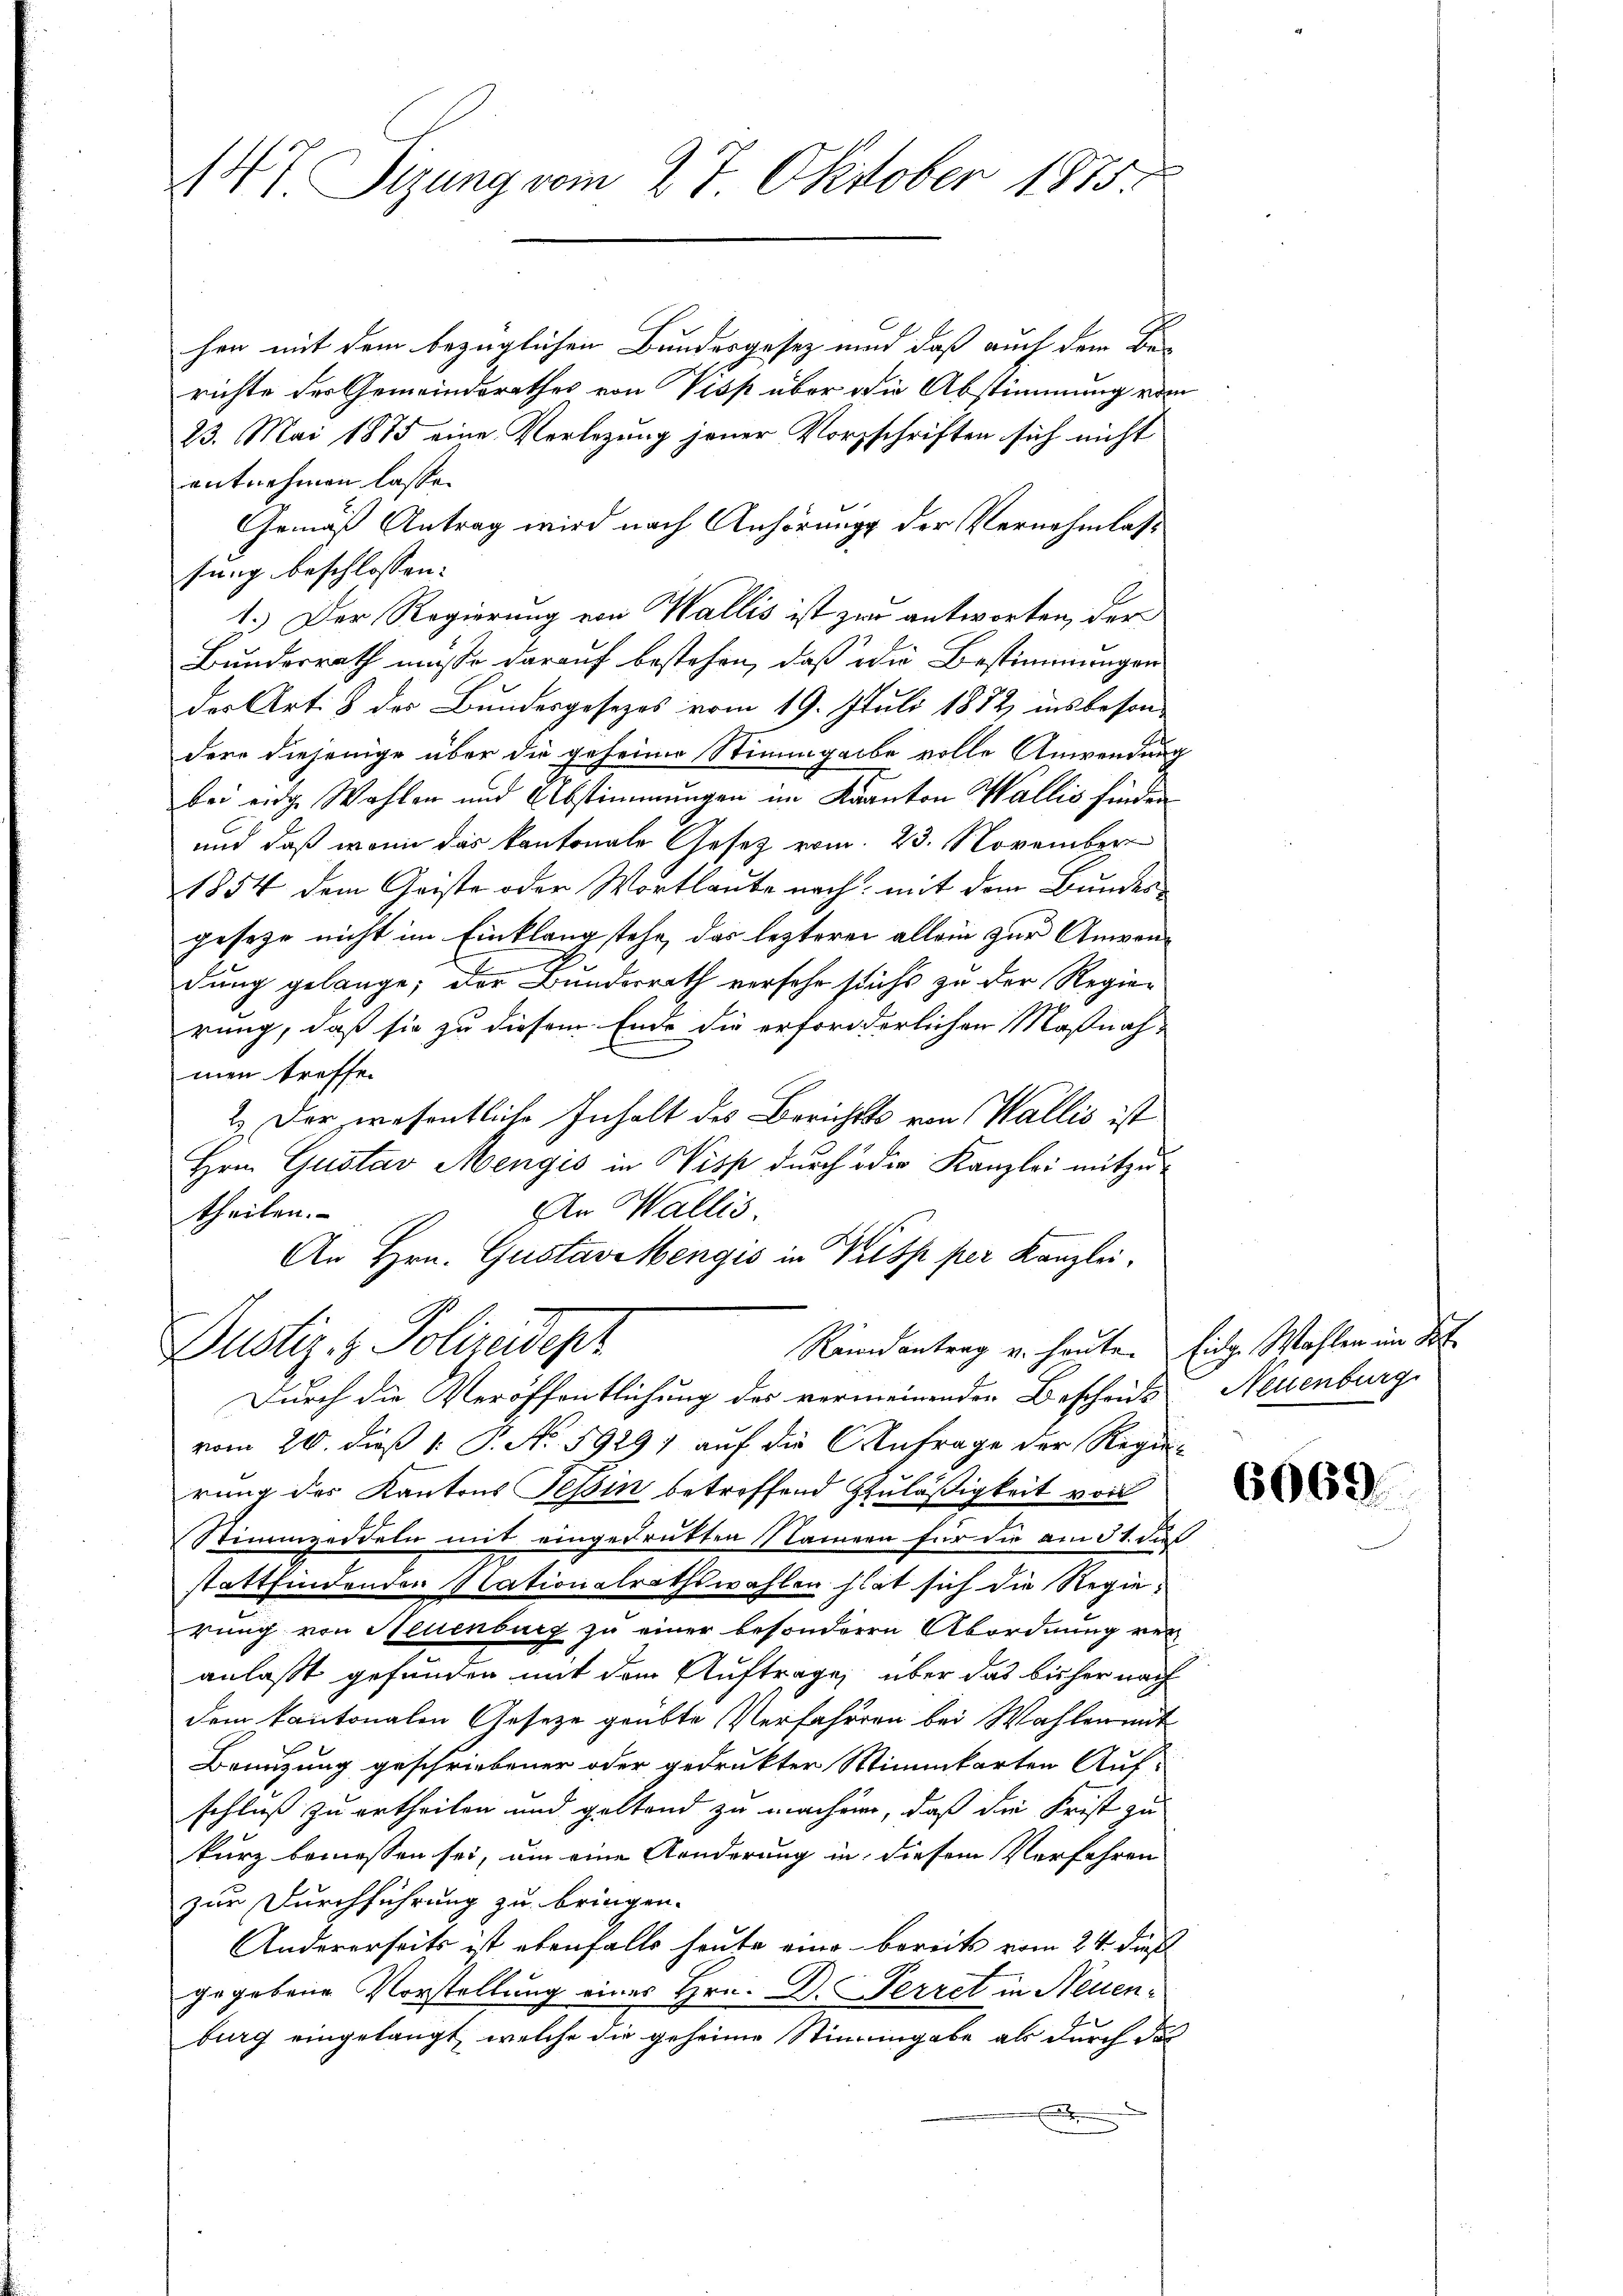
147 Sizung vom 27. Oktober 1875.

hen mit dem bezüglichen Bundesgesez und daß auch dem Be
richte der Gemeindsrathes von Visp über die Abstimmung vom
23. Mai 1875 eine Verlegung jener Vorzschriften sich nicht
entnehmen lasse.
Gemäß Antrag wird nach Anhörungs der Vernehmlasse
sung beschlossen: |
1.) Der Regierung von Wallis ist zur antworten, der
Bundesrath müsse darauf bestehen, daß die Bestimmungen
der Art. 8 des Bundesgesezes vom 19. Juli 1872 insbeson
dere diejenige über die geheim Stimmgabe volle Anwendung
bei einge Wahlen und Abstimmungen im Kanton Wallis finden
und daß wenn das kantonale Gesetz vom 23. November
1854 dem Geiste oder Wortlaute nach mit dem Bundesgeseze nicht im Einklang stehe, das lezterer allein zur Anwenh
dung gelange; der Bundesrath versehr suchs zu der Regie-
rung, daß sie zu diesem Ende die erforderlichen Maßnah-
men treffen
2.) Der wesentliche Inhalt des Berichts von Wallis ist
Hrn. Gustav Mengis in Wisse durch oder Kanzlei mitzu¬
An Wallis.
theilen.
An Hrn. Gustav Mengis in Kuss per Kanzlei.
Reidantrag v. heute. Eidg. Wahlen im Kt.
Justiz- & Polizeidepr
Durch die Veröffentlichung des vermeinenden Bescheids Neuenburg
vom 20. dieß 1 S. No. 5929) auf die Anfrage der Regierung des Kantons Teßin betreffend Zuläßigkeit von
Stimmzeddeln mit eingedrukten Namen für die am 31. daß
stattfindenden Nationalrathswahlen hat sich die Regierung von Neuenburg zu einer besonderen Abordnung ver
anlaßt gefunden mit dem Auftrage, über das bisher nach
dem kantonalen Gesetze geübte Verfahren bei Wahlen mit
Benuzung geschriebener oder gedrukter Wimmkarten Auf-
schluß zu ertheilen und geltend zu machen, daß die Frist zu
kurz bemessen sei, um eine Aenderung in diesem Verfahren
zur Durchführung zu bringen.
Andererseits ist ebenfalls heute eine bereits vom 24. dieß
gegebene Vorstellung eines Hrn. D. Perret in Neuenburg eingelangt, welche die geheime Stimmgabe als durch da

6069